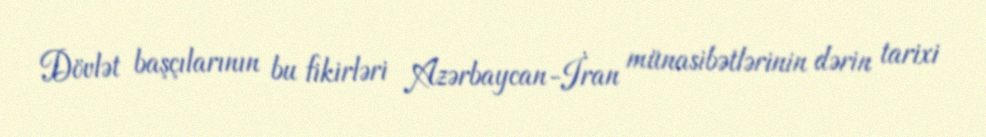
Dövlət başçılarının bu fikirləri Azərbaycan-İran münasibətlərinin dərin tarixi